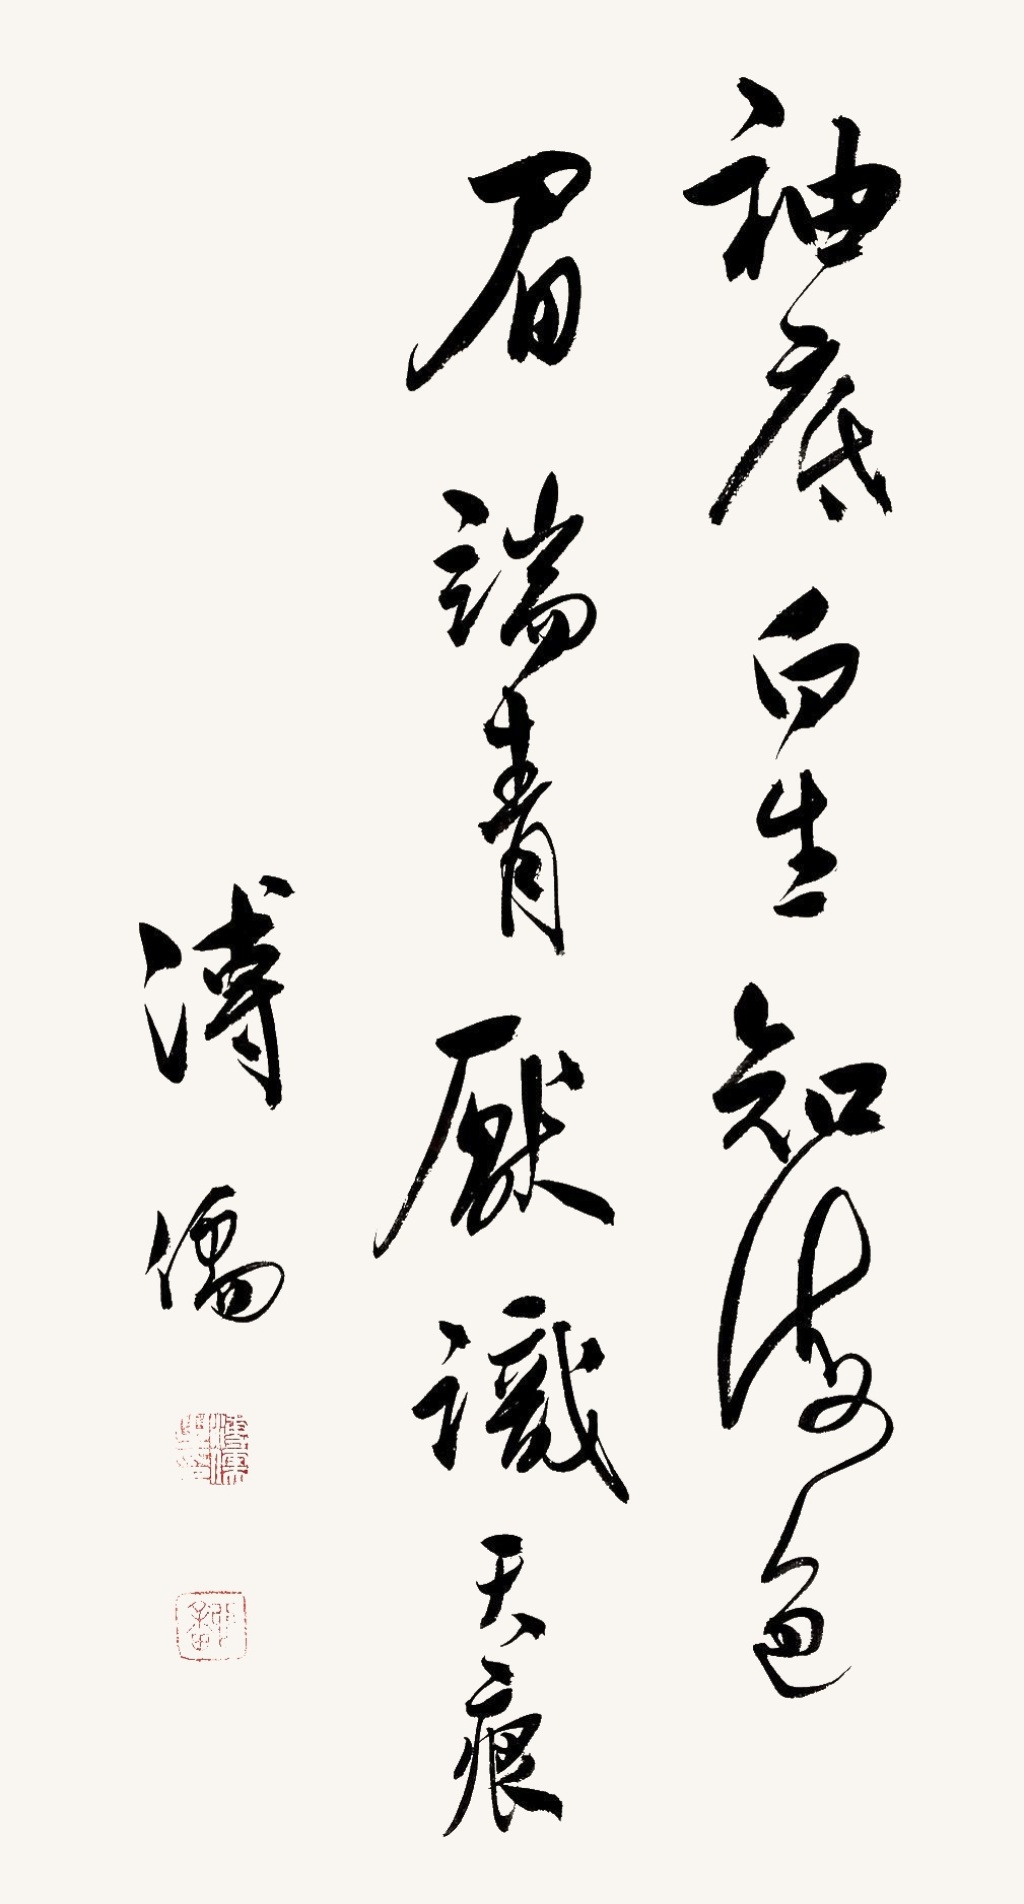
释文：袖底白生知海色，眉端青压识天痕。溥儒。